Leningradi_Edasi_toimetus, lk 81
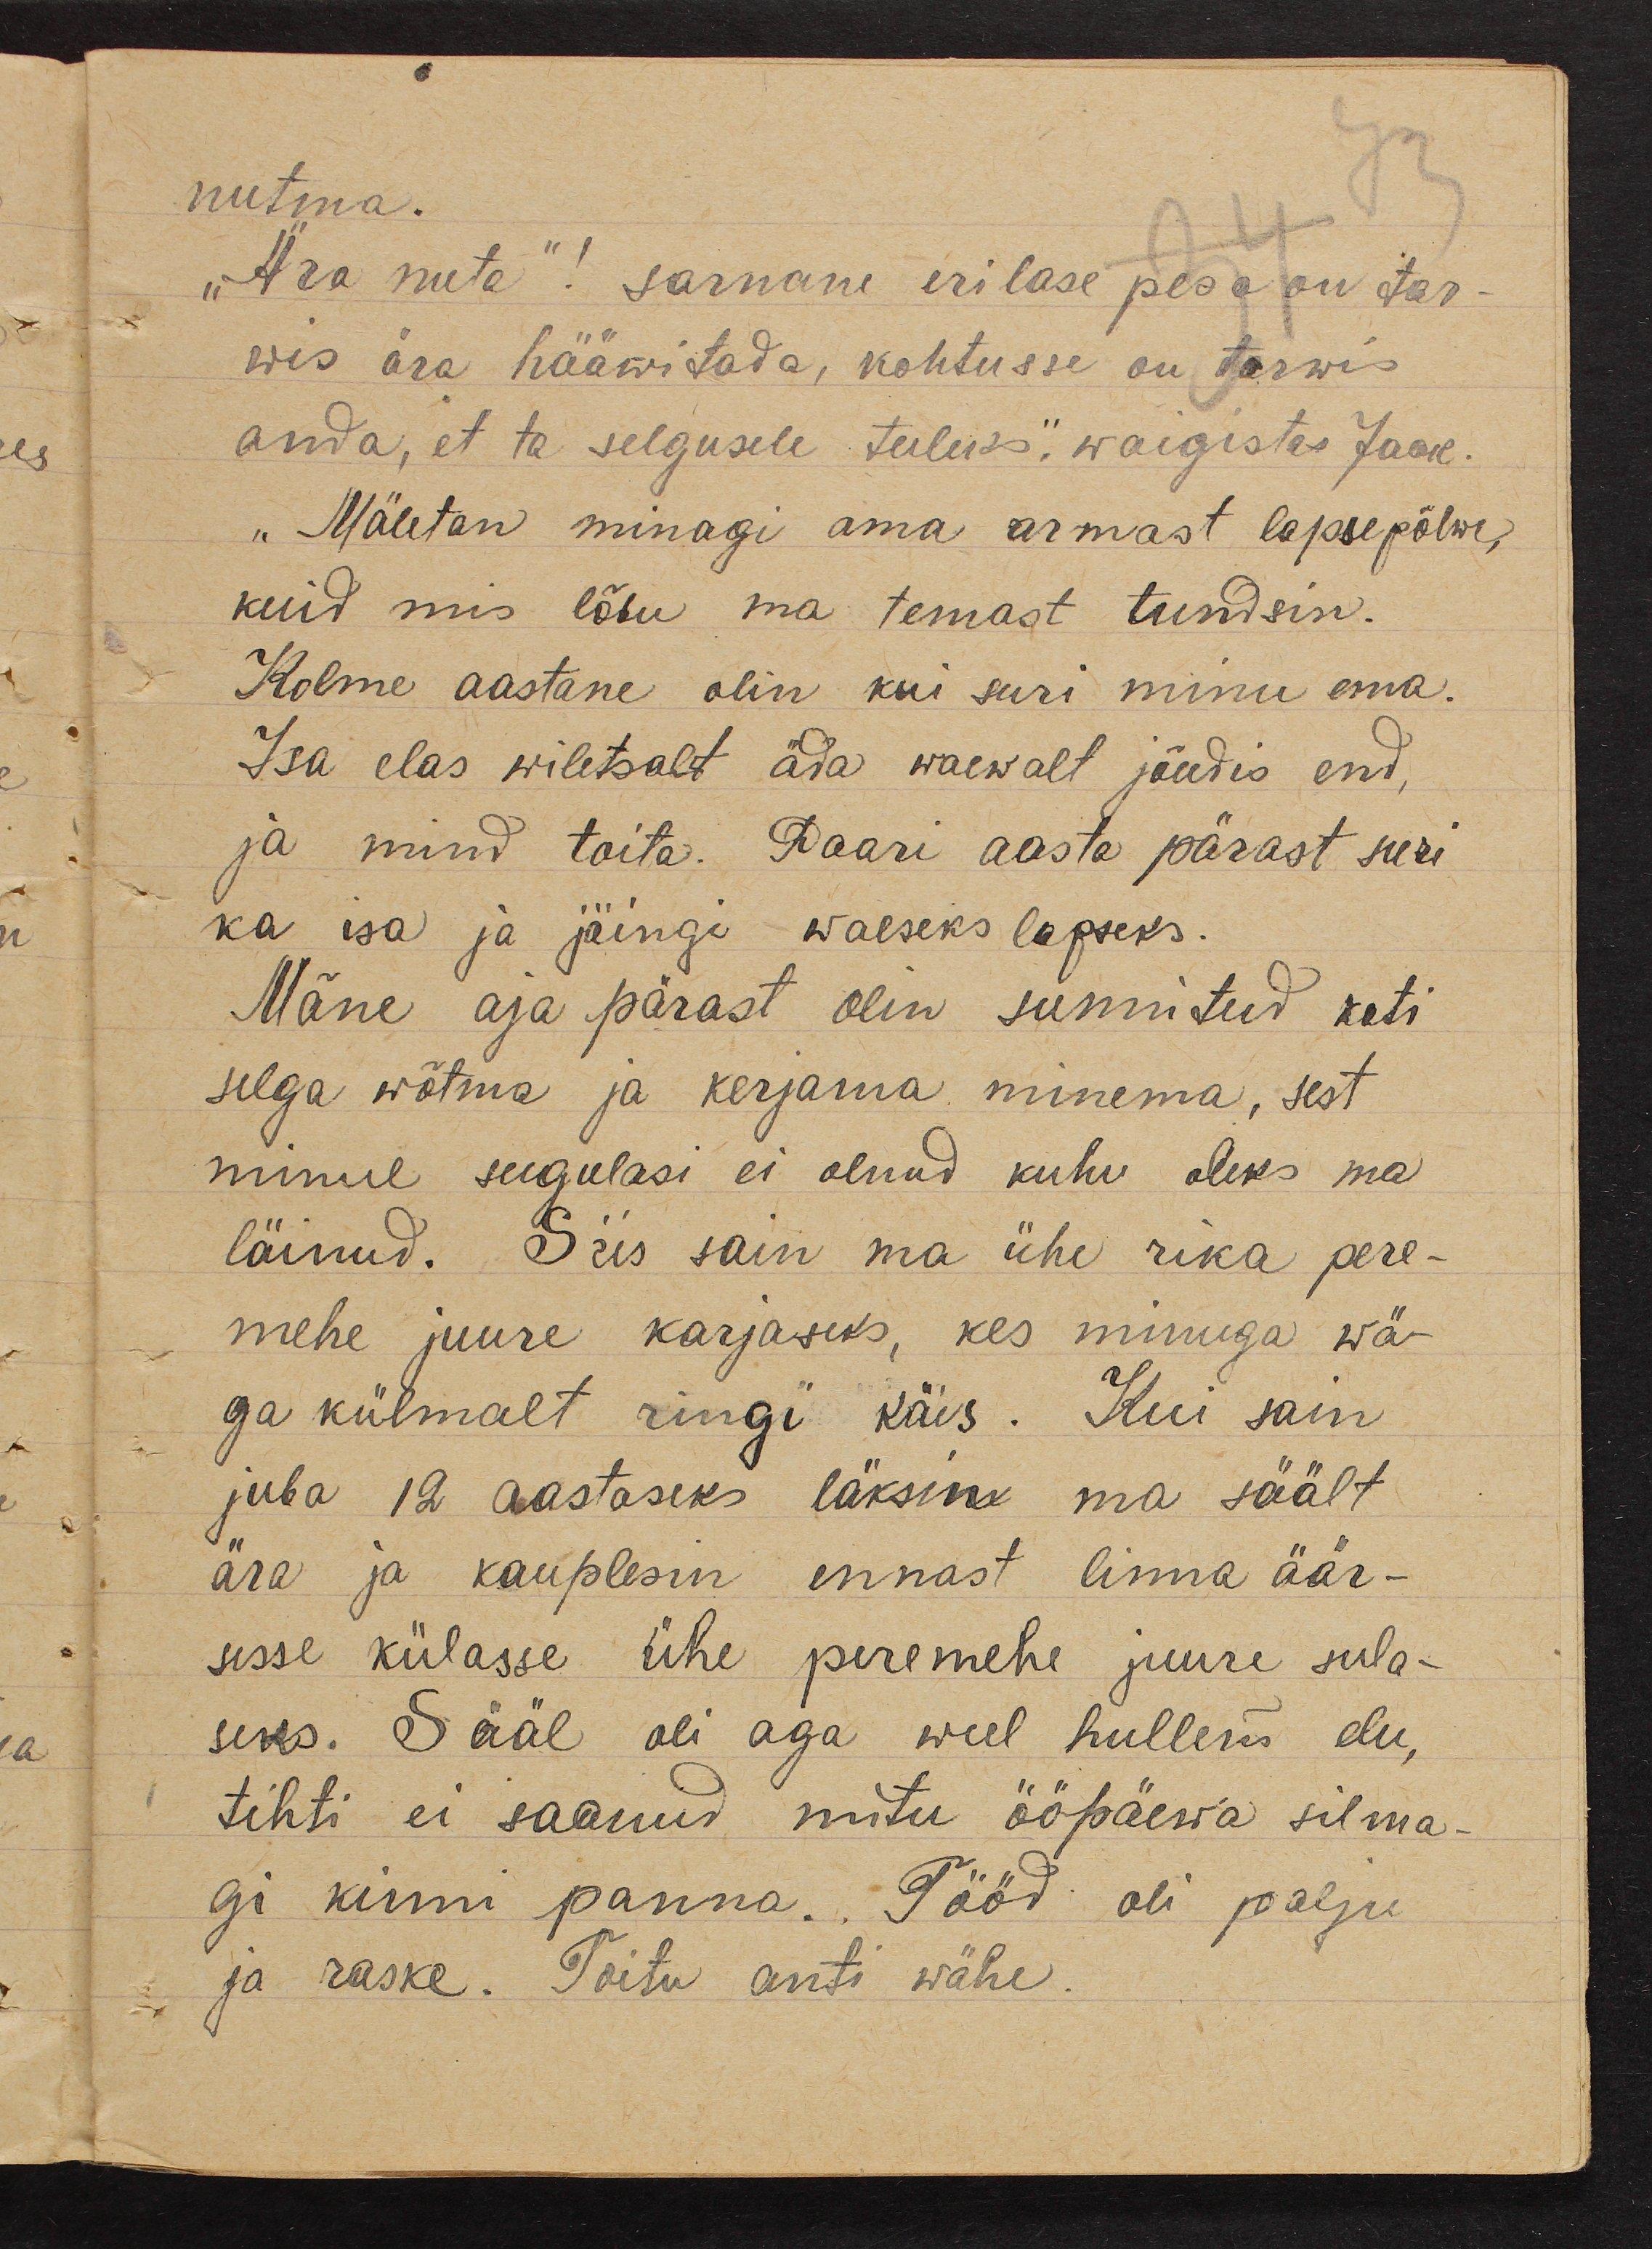
73
nutma.
„Ära nuta"! Sarnane erilase pesa on tar-
wis ära hääwitada, kohtusse on tarwis
anda, et ta selgusele tuleks," waigistas Jaak.
„Mäletan minagi oma armast lapsepõlwe,
kuid mis lõbu ma temast tundsin.
Kolme aastane olin kui suri minu ema.
Isa elas wiletsalt äda waewalt jõudis end,
ja mind toita. Paari aasta pärast suri
ka isa ja jäingi waeseks lapseks.
Mõne aja pärast olin sunnitud koti
selga wõtma ja kerjama minema, sest
minul sugulasi ei olnud kuhu oleks ma
läinud. Siis sain ma ühe rika pere-
mehe juure karjaseks, kes minuga wä-
ga külmalt ringi käis. Kui sain
juba 12 aastaseks läksin ma säält
ära ja kauplesin ennast linna äär-
sesse külasse ühe peremehe juure sula-
seks. Sääl oli aga weel hullem elu,
tihti ei saanud mitu ööpäewa silma-
gi kinni panna. Tööd oli palju
ja raske. Toitu anti wähe.